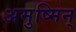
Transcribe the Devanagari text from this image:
अमुष्मिन्